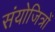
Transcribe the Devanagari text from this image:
संयोजित्रों